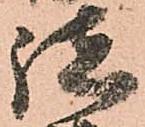
諸